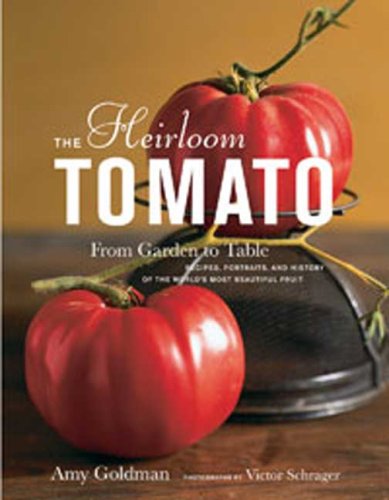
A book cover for The Heirloom Tomato: From Garden to Table: Recipes, Portraits, and History of the World's Most Beautiful Fruit; Amy Goldman; Cookbooks, Food & Wine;